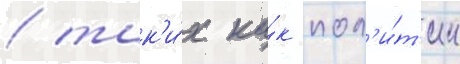
/ так'и́х ка́к пол'и́т'ик